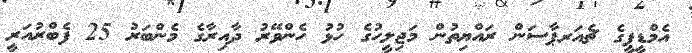
އެމްޑީޕީގެ ޗެއަރޕާސަން ރައްޔިތުން މަޖިލީހުގެ ހުޅު ހެންވޭރު ދާއިރާގެ މެންބަރު 25 ފެބްރުއަރީ